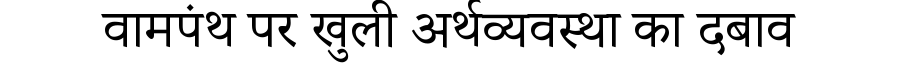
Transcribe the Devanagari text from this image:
वामपंथ पर खुली अर्थव्यवस्था का दबाव